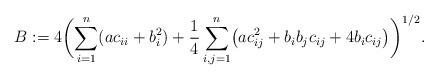
LaTeX: \begin{align*}B := 4\biggl(\sum_{i=1}^n(ac_{ii} + b_i^2)+ \frac{1}{4}\sum_{i,j=1}^n \bigl(ac_{ij}^2+b_i b_j c_{ij} + 4b_i c_{ij}\bigr)\biggr)^{1/2}.\end{align*}